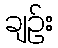
ချဉ်း